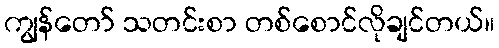
ကျွန်တော် သတင်းစာ တစ်စောင်လိုချင်တယ်။